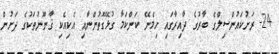
24- ރަށުކައުންސިލްގެ ބާރުގެ ދާއިރާގައި ހިމެނޭ ކަންކަމާ ގުޅޭގޮތުންނާއި އެކިއެކި ޤާނޫނުތަކުގެ ދަށުން